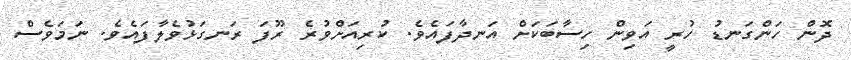
ދޮން ހަންގަނޑު ހުރީ އަވިން ހިސާބަކަށް އަނދާފައެވެ. ކުރިއަށްވުރެ ރޫފަ ރަނގަޅުވެލާފައެވެ. ނަމަވެސް